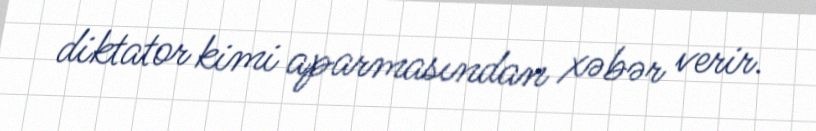
diktator kimi aparmasından xəbər verir.